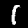
Digit: 1